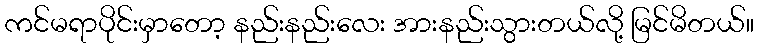
ကင်မရာပိုင်းမှာတော့ နည်းနည်းလေး အားနည်းသွားတယ်လို့ မြင်မိတယ်။